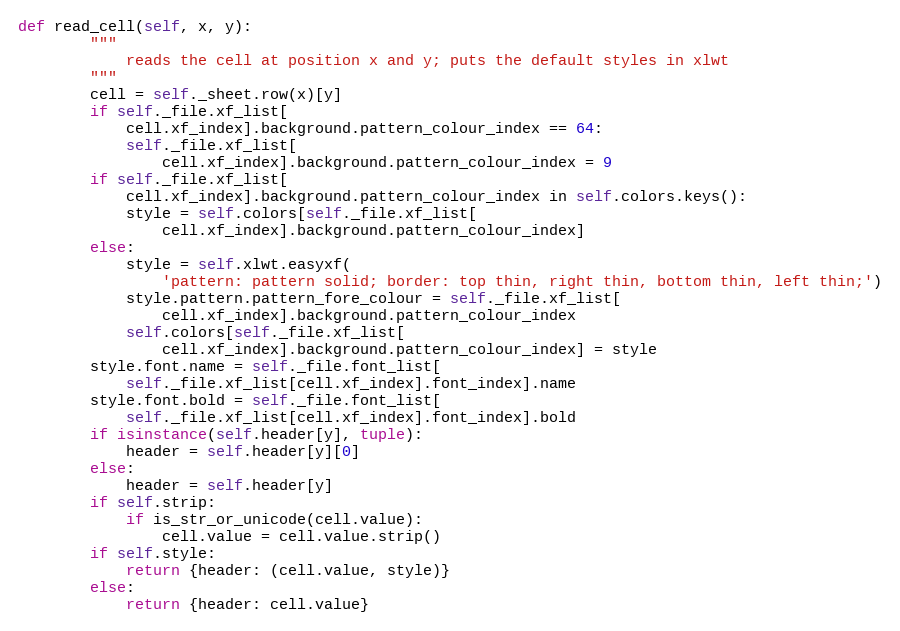
Language: Python
def read_cell(self, x, y):
        """
            reads the cell at position x and y; puts the default styles in xlwt
        """
        cell = self._sheet.row(x)[y]
        if self._file.xf_list[
            cell.xf_index].background.pattern_colour_index == 64:
            self._file.xf_list[
                cell.xf_index].background.pattern_colour_index = 9
        if self._file.xf_list[
            cell.xf_index].background.pattern_colour_index in self.colors.keys():
            style = self.colors[self._file.xf_list[
                cell.xf_index].background.pattern_colour_index]
        else:
            style = self.xlwt.easyxf(
                'pattern: pattern solid; border: top thin, right thin, bottom thin, left thin;')
            style.pattern.pattern_fore_colour = self._file.xf_list[
                cell.xf_index].background.pattern_colour_index
            self.colors[self._file.xf_list[
                cell.xf_index].background.pattern_colour_index] = style
        style.font.name = self._file.font_list[
            self._file.xf_list[cell.xf_index].font_index].name
        style.font.bold = self._file.font_list[
            self._file.xf_list[cell.xf_index].font_index].bold
        if isinstance(self.header[y], tuple):
            header = self.header[y][0]
        else:
            header = self.header[y]
        if self.strip:
            if is_str_or_unicode(cell.value):
                cell.value = cell.value.strip()
        if self.style:
            return {header: (cell.value, style)}
        else:
            return {header: cell.value}